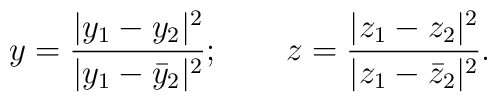
y= \frac{|y_1-y_2|^2}{|y_1-{\bar y_2}|^2} ;  \qquad  z= \frac{|z_1-z_2|^2}{|z_1-{\bar z_2}|^2}.